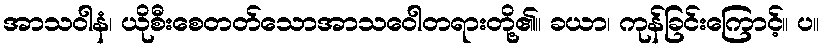
အာသဝါနံ၊ ယိုစီးစေတတ်သောအာသဝေါတရားတို့၏။ ခယာ၊ ကုန်ခြင်းကြောင့်။ ပ။